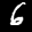
Label: 6